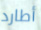
أطارد